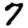
Digit: 7